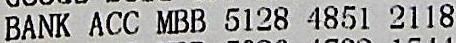
BANK ACC MBB 5128 4851 2118